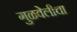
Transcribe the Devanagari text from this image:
गुळवेलीचा